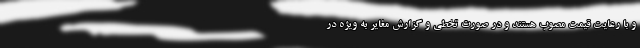
و با رعایت قیمت مصوب هستند و در صورت تخطی و گزارش مغایر به ویژه در